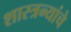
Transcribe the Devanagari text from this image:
शास्त्रन्यांचे